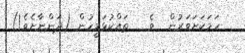
ހަމަކަށަވަރުން  ވެ   ތައްކުޅަމީހުން (ދަންނާށެވެ!)